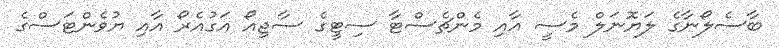
ބާސެލޯނާގެ ލަޔޮނަލް މެސީ އާއި މެންޗެސްޓާ ސިޓީގެ ސާޖިއޯ އަގުއެރޯ އާއި ޔުވެންޓަސްގެ